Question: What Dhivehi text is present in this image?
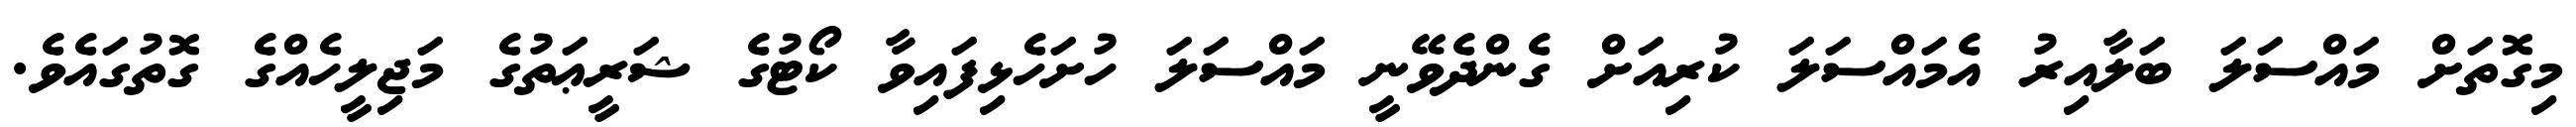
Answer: މިގޮތަށް މައްސަލަ ބަލާއިރު އެމައްސަލަ ކުރިއަށް ގެންދެވޭނީ މައްސަލަ ހުށަހެޅިފައިވާ ކޯޓުގެ ޝަރީޢަތުގެ މަޖިލީހެއްގެ ގޮތުގައެވެ.